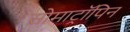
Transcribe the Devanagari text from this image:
सोमाट्रॉपिन